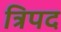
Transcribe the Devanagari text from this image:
त्रिपद